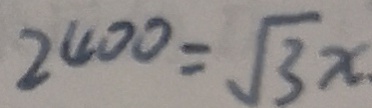
2 4 0 0 = \sqrt { 3 } x